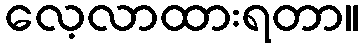
လေ့လာထားရတာ။